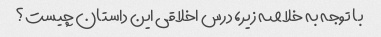
با توجه به خلاصه زیر، درس اخلاقی این داستان چیست؟